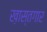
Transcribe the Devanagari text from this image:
ख़ास्तगार